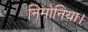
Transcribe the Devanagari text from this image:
निमोनिया।